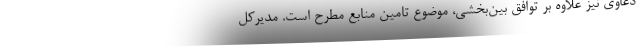
دعاوی نیز علاوه بر توافق بین‌بخشی، موضوع تامین منابع مطرح است. مدیرکل